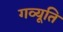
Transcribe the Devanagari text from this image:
गव्यूति